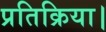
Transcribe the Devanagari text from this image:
प्रतिक्रिया।